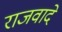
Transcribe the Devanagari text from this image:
राजवादे